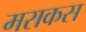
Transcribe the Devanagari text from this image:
मराकस